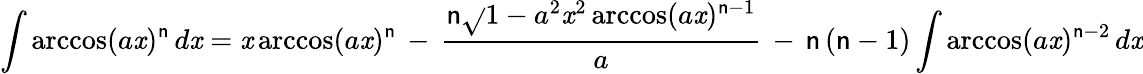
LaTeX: \int\operatorname{arccos}(a\mathit{x})^{\mathsf{n}}\, d\mathit{x}=\mathit{x}\operatorname{arccos}(a\mathit{x})^{\mathsf{n}}\, -\, {\frac{{\mathsf{n}{\sqrt{}{{1-a^{2}\mathit{x}^{2}}}}\operatorname{arccos}(a\mathit{x})^{\mathsf{n}-1}}}{{a}}}\, -\, \mathsf{n}\, (\mathsf{n}-1)\int\operatorname{arccos}(a\mathit{x})^{\mathsf{n}-2}\, d\mathit{x}